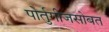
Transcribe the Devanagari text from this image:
पोर्तुगीजसोबत